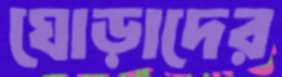
ঘোড়াদের